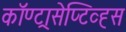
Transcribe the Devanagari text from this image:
कॉण्ट्रासेप्टिव्ह्स